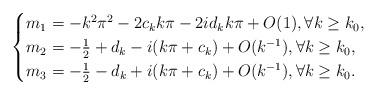
LaTeX: \begin{align*}\begin{cases} m_{1} = -k^2\pi^2 - 2c_k k\pi - 2id_k k\pi + O(1), \forall k\geq k_0 , \\m_{2}=-\frac{1}{2}+d_k - i(k\pi +c_k) + O(k^{-1}), \forall k\geq k_0 , \\m_{3}= - \frac{1}{2}-d_k + i(k\pi +c_k)+O(k^{-1}) , \forall k\geq k_0 . \end{cases}\end{align*}